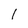
Character: l